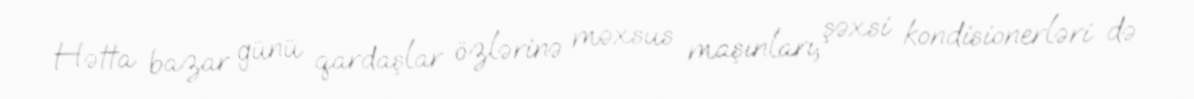
Hətta bazar günü qardaşlar özlərinə məxsus maşınları, şəxsi kondisionerləri də